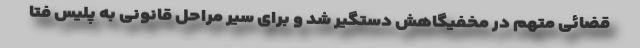
قضائی متهم در مخفیگاهش دستگیر شد و برای سیر مراحل قانونی به پلیس فتا